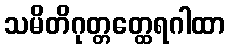
သမိတိဂုတ္တတ္ထေရဂါထာ